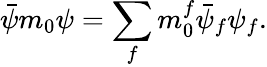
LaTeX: \bar{\psi}m_{0}\psi=\sum_{f}m_{0}^{f}\bar{\psi}_{f}\psi_{f}.